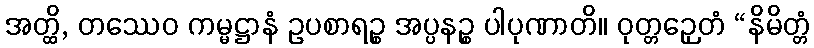
အတ္ထိ, တဿေဝ ကမ္မဋ္ဌာနံ ဥပစာရဉ္စ အပ္ပနဉ္စ ပါပုဏာတိ။ ဝုတ္တဉှေတံ “နိမိတ္တံ